Medical and sanitary report of the native army of Madras for the year
Year: 1876
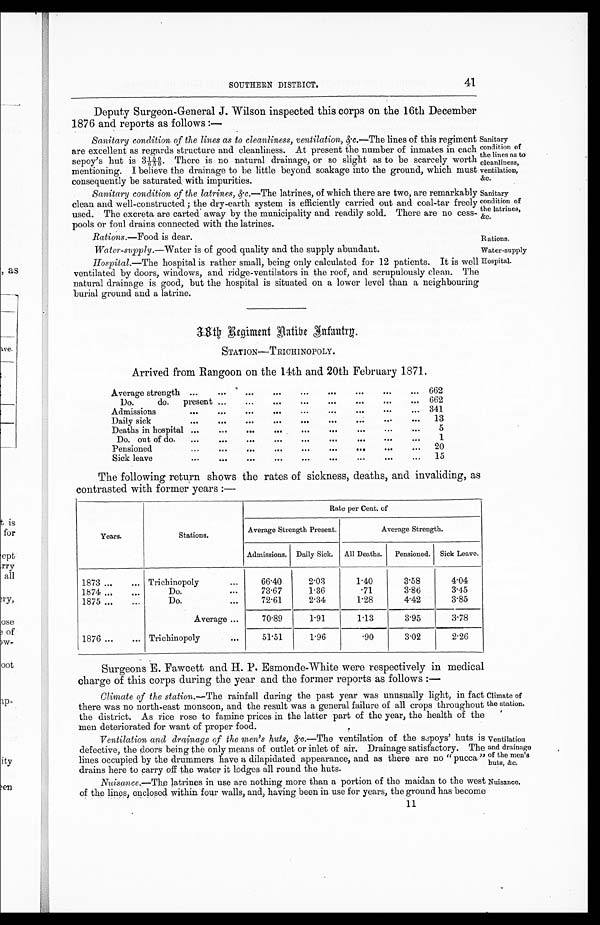
Sanitary
condition of
the lines as to
cleanliness,
ventilation,
&c.
Sanitary
condition of
the latrines,
&c.
Rations. —Food is dear.
Rations.
SOUTHERN DISTRICT.
41
Deputy Surgeon-General J. Wilson inspected this corps on the 16th December
1876 and reports as follows :—
Sanitary condition of the lines as to cleanliness, ventilation, &c. —The lines of this regiment
are excellent as regards structure and cleanliness. At present the number of inmates in each
sepoy’s hut is 3 150/650. There is no natural drainage, or so slight as to be scarcely worth
mentioning. I believe the drainage to be little beyond soakage into the ground, which must
consequently be saturated with impurities.
Sanitary condition of the latrines, &c.—The latrines, of which there are two, are remarkably
clean and well-constructed; the dry-earth system is efficiently carried out and coal-tar freely
used. The excreta are carted away by the municipality and readily sold. There are no cess-
pools or foul drains connected with the latrines.
Water-supply. —Water is of good quality and the supply abundant.
Hospital.—The hospital is rather small, being only calculated for 12 patients. It is well
ventilated by doors, windows, and ridge-ventilators in the roof, and scrupulously clean. The
natural drainage is good, but the hospital is situated on a lower level than a neighbouring
burial ground and a latrine.
Water-supply
Hospital.
38th Regiment Native Infantry
STATION—TRICHINOPOLY.
Arrived from Rangoon on the 14th and 20th February 1871.
Average strength ...
...
. . . ... ...
...
...
...
. . .
662
Do.
do.
present ...
...
...
...
...
...
...
. . . 662
Admissions
...
...
...
...
...
...
...
... 341
Daily sick
...
...
...
...
... ...
...
... ...
13
Deaths in hospital ...
...
...
...
... ...
...
...
. . .
5
Do. out of do.
...
. . . ...
...
...
...
...
1
Pensioned
...
...
...
...
...
...
... ...
. . .
20
Sick leave
...
...
...
. . .
...
...
...
15
The following return shows the rates of sickness, deaths, and invaliding, as
contrasted with former years :—
Years.
Stations.
Rate per Cent. of
Average Strength Present.
Average Strength.
Admissions. Daily Sick. All Deaths.
Pensioned. Sick Leave.
1873 ...
... Trichinopoly
66.40
2.03
1.40
3.58
4.04
1874...
...
Do.
. . .
7 3 . 6 7
1.36
.71
3.86
3.45
1875 ...
...
Do.
. . .
72.61
2.34
1.28
4.42
3.85
Average ...
70.89
1.91
1.13
3.95
3.78
1876 ...
... Trichinopoly
. . .
51.51
1.96
. 9 0
3.02
2.26
Surgeons E. Fawcett and H. P. Esmonde-White were respectively in medical
charge of this corps during the year and the former reports as follows :—
Climate of the station. —The rainfall during the past year was unusually light, in fact
there was no north-east monsoon, and the result was a general failure of all crops throughout
the district. As rice rose to famine prices in the latter part of the year, the health of the
men deteriorated for want of proper food.
Ventilation and drainage of the men’s huts, &c. —The ventilation of the Sepoys’ huts is
defective, the doors being the only means of outlet or inlet of air. Drainage satisfactory. The
lines occupied by the drummers have a dilapidated appearance, and as there are no “ pucca ”
drains here to carry off the water it lodges all round the huts.
Climate of
the station.
Ventilation
and drainage
of the men’s
huts, &c.
Nuisance.—The latrines in use are nothing more than a portion of the maidan to the west Nuisance.
of the lines, enclosed within four walls, and, having been in use for years, the ground has become
11